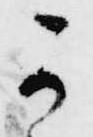
可